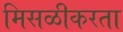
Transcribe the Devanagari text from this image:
मिसळीकरता